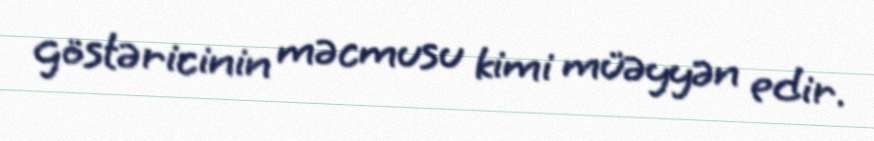
göstəricinin məcmusu kimi müəyyən edir.